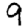
Digit: 9